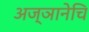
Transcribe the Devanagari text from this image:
अज्ञानेचि